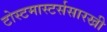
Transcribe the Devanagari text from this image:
टोस्टमास्टर्ससारखी